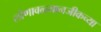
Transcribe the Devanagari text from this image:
लोणावळ्यानजीकच्या